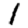
Digit: 1